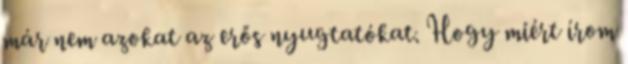
már nem azokat az erős nyugtatókat. Hogy miért írom